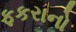
ફકરાનો